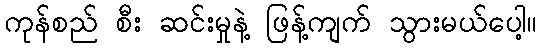
ကုန်စည် စီး ဆင်းမှုနဲ့ ဖြန့်ကျက် သွားမယ်ပေါ့။